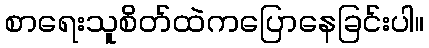
စာရေးသူစိတ်ထဲကပြောနေခြင်းပါ။